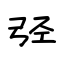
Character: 弪